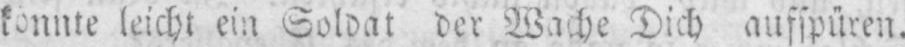
leicht ein Soldat der Wache Dich aufspüren.